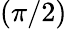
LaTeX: \left(\pi/2\right)